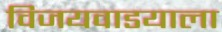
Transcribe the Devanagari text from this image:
विजयवाडयाला